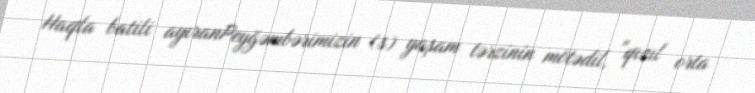
Haqla batili ayıranPeyğəmbərimizin (s) yaşam tərzinin mötədil, "qızıl orta